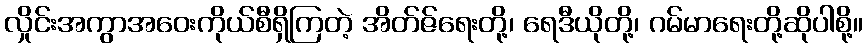
လှိုင်းအကွာအဝေးကိုယ်စီရှိကြတဲ့ အိတ်ဇ်ရေးတို့၊ ရေဒီယိုတို့၊ ဂမ်မာရေးတို့ဆိုပါစို့။